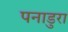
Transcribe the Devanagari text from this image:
पनाडुरा